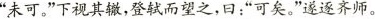
”未可。”下视其辙，登轼而望之，曰：”可矣。”遂逐齐师。